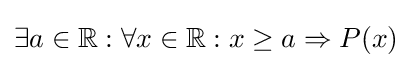
\exists a\in \mathbb {R} :\forall x\in \mathbb {R} :x\geq a\Rightarrow P(x)